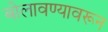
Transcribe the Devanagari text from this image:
बोलावण्यावरून